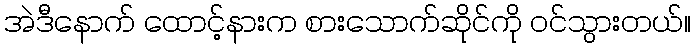
အဲဒီနောက် ထောင့်နားက စားသောက်ဆိုင်ကို ဝင်သွားတယ်။